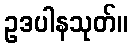
ဥဒပါနသုတ်။